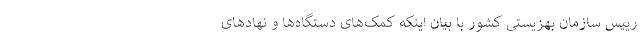
رییس سازمان بهزیستی کشور با بیان اینکه کمک‌های دستگاه‌ها و نهادهای